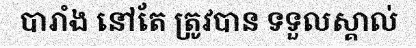
បារាំង នៅតែ ត្រូវបាន ទទួលស្គាល់